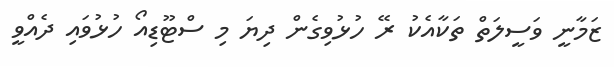
ޒަމާނީ ވަސީލަތް ތަކާއެކު ރޭ ހުޅުވިގެން ދިޔަ މި ސްޓޫޑިއޯ ހުޅުވައި ދެއްވީ